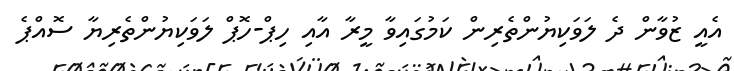
އެއީ ޒުވާން ދެ ލަވަކިޔުންތެރިން ކަމުގައިވާ މީރާ އާއި ހިޕް-ހޮޕް ލަވަކިޔުންތެރިޔާ ސޮއްޕެ